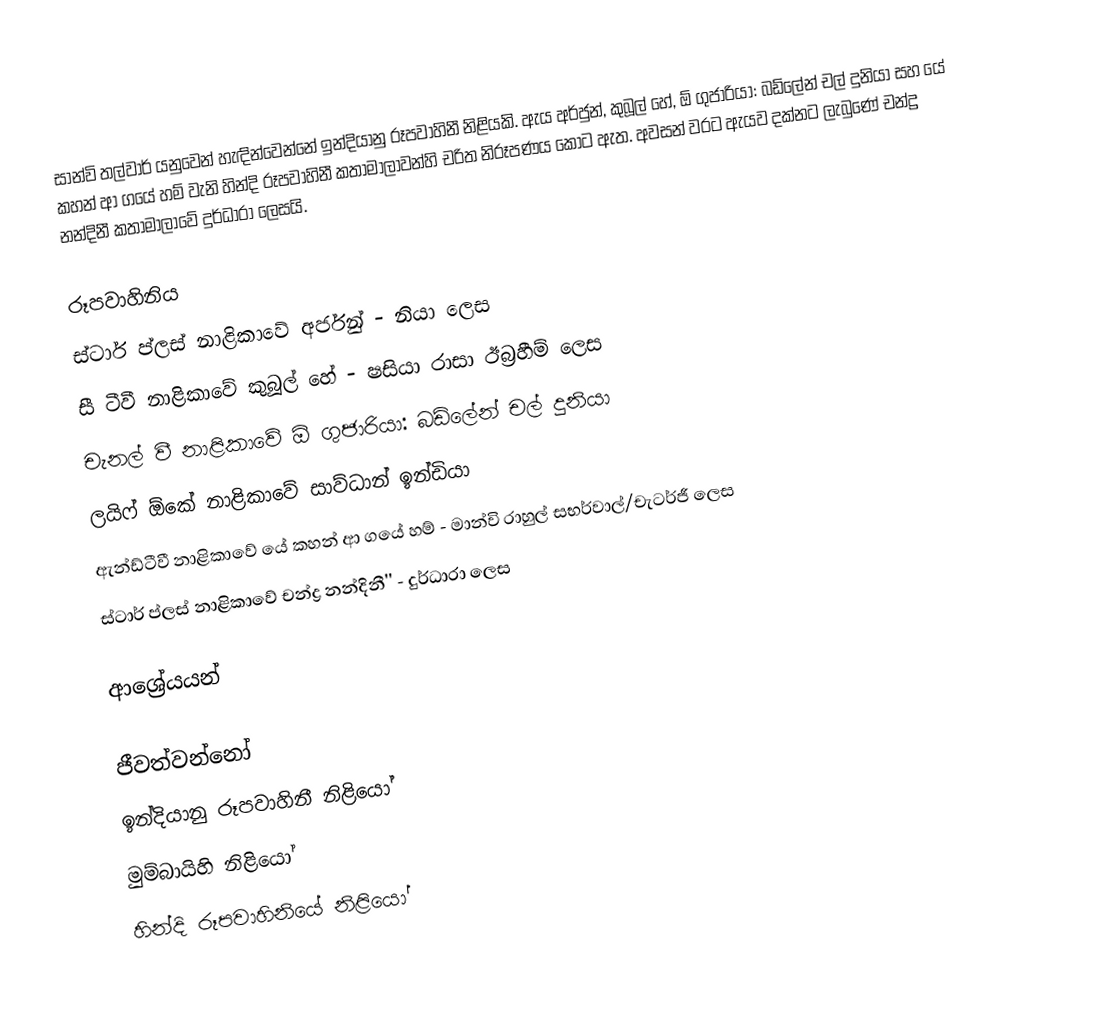
සාන්වි තල්වාර් ‍යනුවෙන් හැඳින්වෙන්නේ ඉන්දියානු රූපවාහිනී නිළියකි. ඇය අර්ජුන්, කුබූල් හේ, ඕ ගුජාරියා: බඩ්ලේන් චල් දුනියා සහ යේ කහන් ආ ගයේ හම් වැනි හින්දි රූපවාහිනී කතාමාලාවන්හි චරිත නිරූපණය කොට ඇත. අවසන් වරට ඇයව දක්නට ලැබුණේ චන්ද්‍ර නන්දිනී කතාමාලාවේ දුර්ධාරා ලෙසයි.

රූපවාහිනිය
ස්ටාර් ප්ලස් නාළිකාවේ අර්ජුන් - නියා ලෙස
සී ටීවී නාළිකාවේ කුබූල් හේ - ෂසියා රාසා ඊබ්‍රහීම් ලෙස
චැනල් වී නාළිකාවේ ඕ ගුජාරියා: බඩ්ලේන් චල් දුනියා
ලයිෆ් ඕකේ නාළිකාවේ සාව්ධාන් ඉන්ඩියා
ඇන්ඩ්ටීවී නාළිකාවේ යේ කහන් ආ ගයේ හම් - මාන්වි රාහුල් සභර්වාල්/චැටර්ජී ලෙස
ස්ටාර් ප්ලස් නාළිකාවේ චන්ද්‍ර නන්දිනී'' -  දුර්ධාරා ලෙස

ආශ්‍රේයයන්

ජීවත්වන්නෝ
ඉන්දියානු රූපවාහිනී නිළියෝ
මුම්බායිහි නිළියෝ
හින්දි රූපවාහිනියේ නිළියෝ